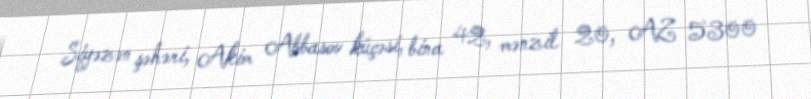
Siyəzən şəhəri, Akim Abbasov küçəsi, bina 42, mənzil 20, AZ 5300